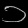
Digit: ၁